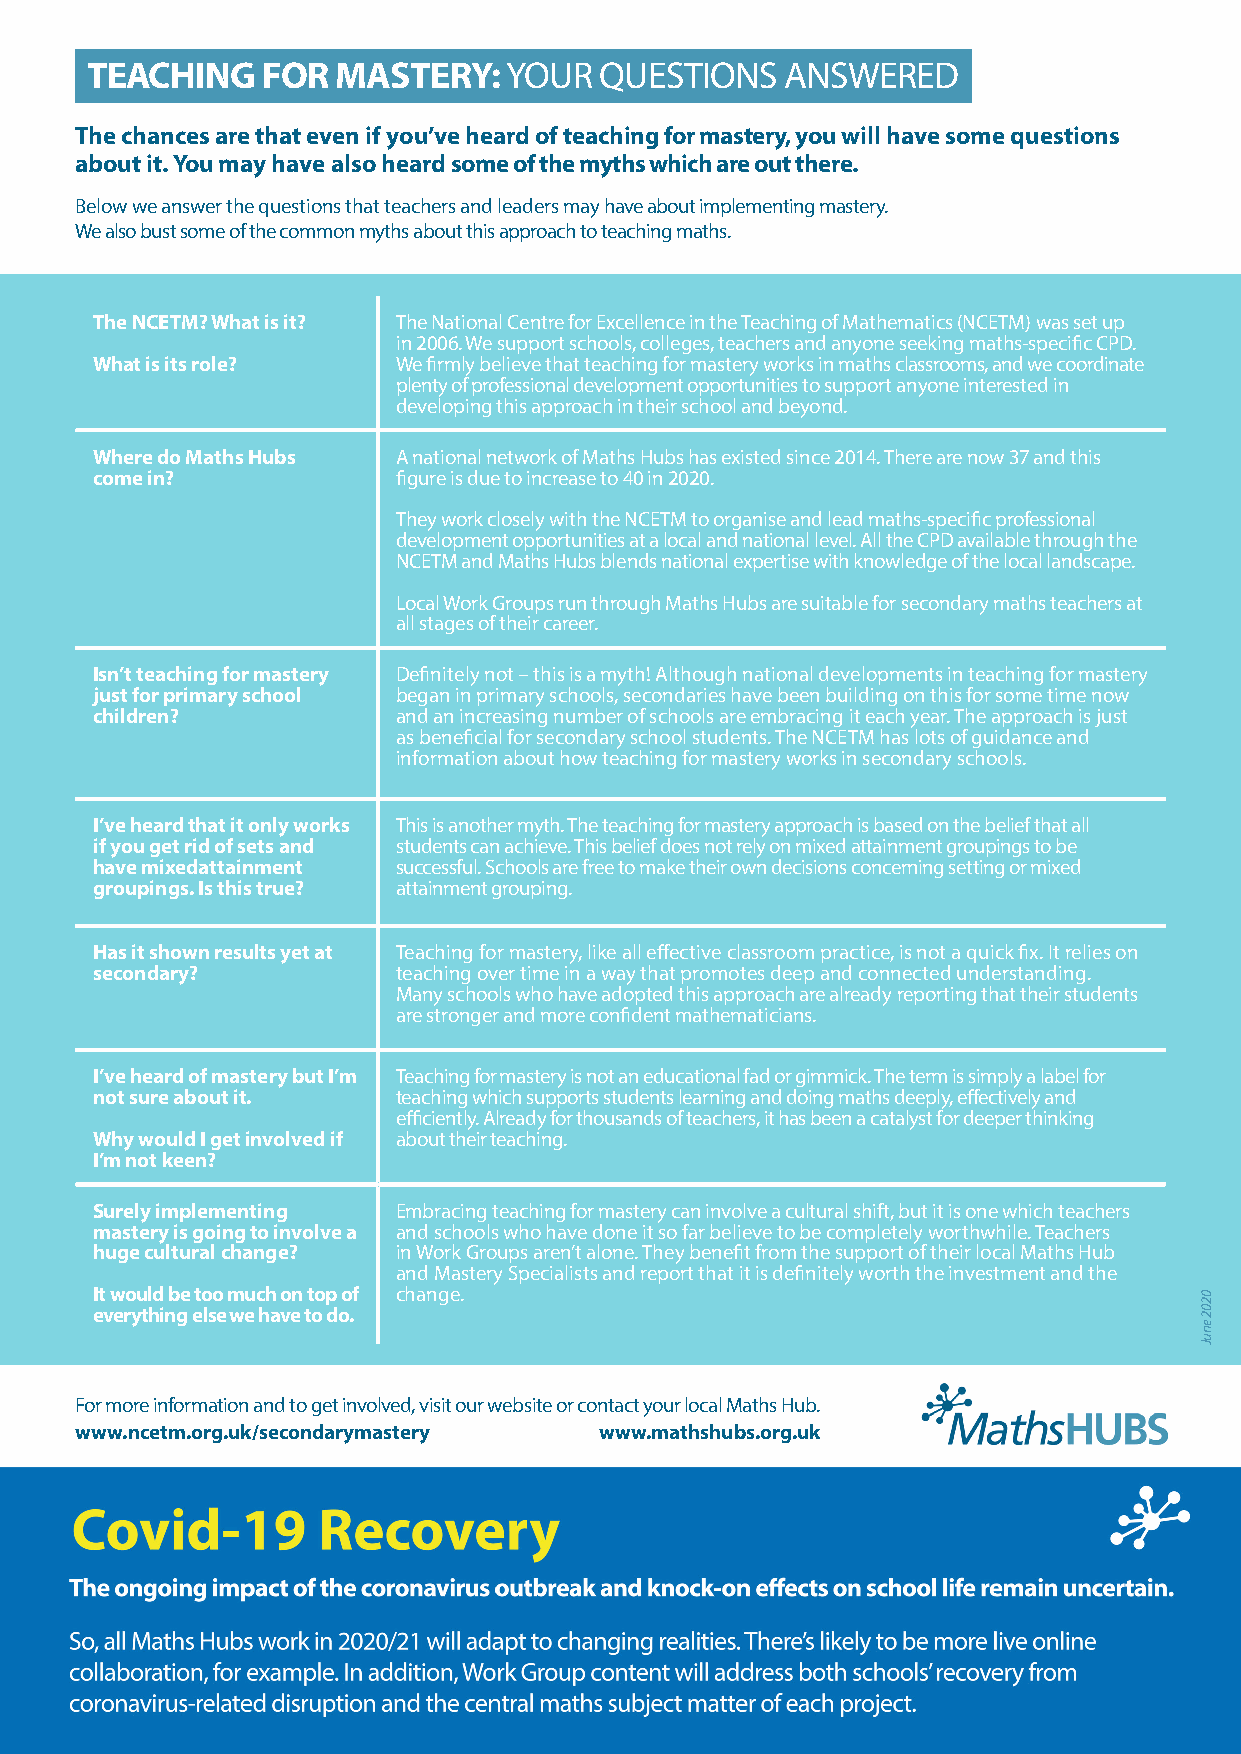
TEACHING   FOR  MASTERY:    YOUR  QUESTIONS   ANSWERED
 The chances are that even if you’ve heard of teaching for mastery, you will have some questions
 about it. You may have also heard some of the myths which are out there.
 Below we answer the questions that teachers and leaders may have about implementing mastery.
 We also bust some of the common myths about this approach to teaching maths.
 The NCETM? What is it? The National Centre for Excellence in the Teaching of Mathematics (NCETM) was set up
 in 2006. We support schools, colleges, teachers and anyone seeking maths-specific CPD.
 What is its role?   We firmly believe that teaching for mastery works in maths classrooms, and we coordinate
 plenty of professional development opportunities to support anyone interested in
 developing this approach in their school and beyond.
 Where do Maths Hubs A national network of Maths Hubs has existed since 2014. There are now 37 and this
 come in?            figure is due to increase to 40 in 2020.
 They work closely with the NCETM to organise and lead maths-specific professional
 development opportunities at a local and national level. All the CPD available through the
 NCETM and Maths Hubs blends national expertise with knowledge of the local landscape.
 Local Work Groups run through Maths Hubs are suitable for secondary maths teachers at
 all stages of their career.
 Isn’t teaching for mastery Definitely not – this is a myth! Although national developments in teaching for mastery
 just for primary school began in primary schools, secondaries have been building on this for some time now
 children?           and an increasing number of schools are embracing it each year. The approach is just
 as beneficial for secondary school students. The NCETM has lots of guidance and
 information about how teaching for mastery works in secondary schools.
 I’ve heard that it only works This is another myth. The teaching for mastery approach is based on the belief that all
 if you get rid of sets and students can achieve. This belief does not rely on mixed attainment groupings to be
 have mixedattainment successful. Schools are free to make their own decisions concerning setting or mixed
 groupings. Is this true? attainment grouping.
 Has it shown results yet at Teaching for mastery, like all effective classroom practice, is not a quick fix. It relies on
 secondary?          teaching over time in a way that promotes deep and connected understanding.
 Many schools who have adopted this approach are already reporting that their students
 are stronger and more confident mathematicians.
 I’ve heard of mastery but I’m Teaching for mastery is not an educational fad or gimmick. The term is simply a label for
 not sure about it.  teaching which supports students learning and doing maths deeply, effectively and
 efficiently. Already for thousands of teachers, it has been a catalyst for deeper thinking
 Why would I get involved if about their teaching.
 I’m not keen?
 Surely implementing Embracing teaching for mastery can involve a cultural shift, but it is one which teachers
 mastery is going to involve a and schools who have done it so far believe to be completely worthwhile. Teachers
 huge cultural change? in Work Groups aren’t alone. They benefit from the support of their local Maths Hub
 and Mastery Specialists and report that it is definitely worth the investment and the
 It would be too much on top of change.
 everything else we have to do.
 For more information and to get involved, visit our website or contact your local Maths Hub.
 www.ncetm.org.uk/secondarymastery  www.mathshubs.org.uk
 0202
 enuJ